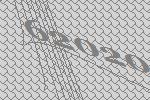
62020